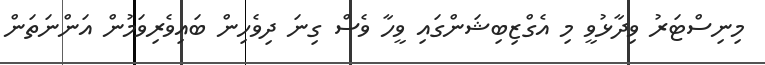
މިނިސްޓަރު ވިދާޅުވީ މި އެގްޒިބިޝަންގައި ވީހާ ވެސް ގިނަ ދިވެހިން ބައިވެރިވަމުން އަންނަތަން